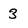
Character: 3